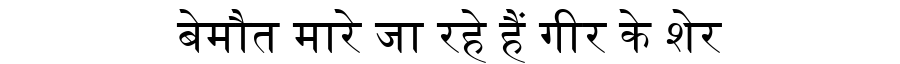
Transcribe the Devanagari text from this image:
बेमौत मारे जा रहे हैं गीर के शेर